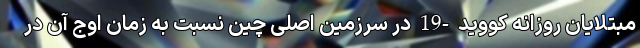
مبتلایان روزانه کووید -19 در سرزمین اصلی چین نسبت به زمان اوج آن در